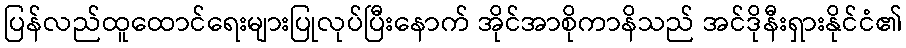
ပြန်လည်ထူထောင်ရေးများပြုလုပ်ပြီးနောက် အိုင်အာစိုကာနိသည် အင်ဒိုနီးရှားနိုင်ငံ၏